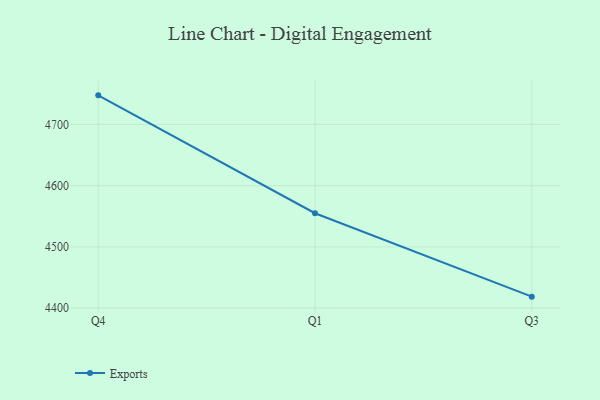
{"axis": {"x": "Quarter", "y": "Churn Rate (%)"}, "legend": ["Exports"], "data": [{"x": "Q4", "y": 4747.5, "type": "Exports"}, {"x": "Q1", "y": 4555.0, "type": "Exports"}, {"x": "Q3", "y": 4418.8, "type": "Exports"}]}